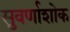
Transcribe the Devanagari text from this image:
सुवर्णाशोक